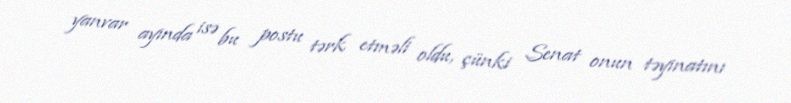
yanvar ayında isə bu postu tərk etməli oldu, çünki Senat onun təyinatını